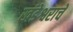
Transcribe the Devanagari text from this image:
खंडेश्वराचे